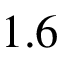
1 . 6